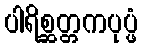
ပါရိစ္ဆတ္တကပုပ္ဖံ